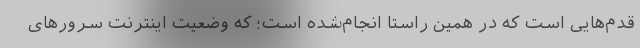
قدم‌هایی است که در همین راستا انجام‌شده است؛ که وضعیت اینترنت سرورهای